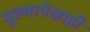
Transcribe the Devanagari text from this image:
मूल्यापेक्षाही